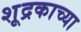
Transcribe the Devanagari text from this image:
शूद्रकाच्या